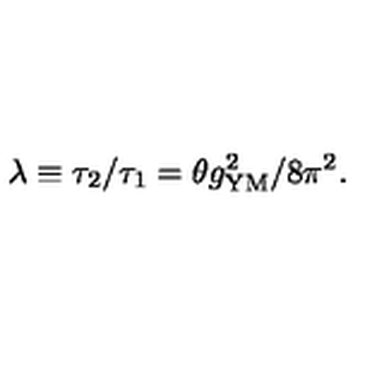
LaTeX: \lambda \equiv \tau _ { 2 } / \tau _ { 1 } = \theta g _ { \mathrm { Y M } } ^ { 2 } / 8 \pi ^ { 2 } .